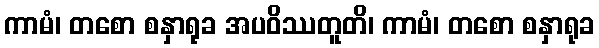
ကာမံ၊ တစော စနှာရုခ အပဝိဿတူတိ၊ ကာမံ၊ တစော စနှာရုခ